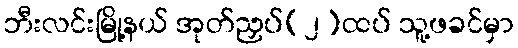
ဘီးလင်းမြို့နယ် အုတ်ညှပ်(၂)ထပ် သူ့ဖခင်မှာ